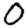
Digit: 0